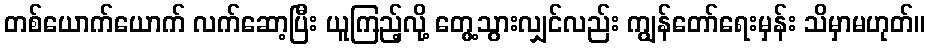
တစ်ယောက်ယောက် လက်ဆော့ပြီး ယူကြည့်လို့ တွေ့သွားလျှင်လည်း ကျွန်တော်ရေးမှန်း သိမှာမဟုတ်။